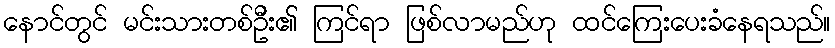
နောင်တွင် မင်းသားတစ်ဦး၏ ကြင်ရာ ဖြစ်လာမည်ဟု ထင်ကြေးပေးခံနေရသည်။